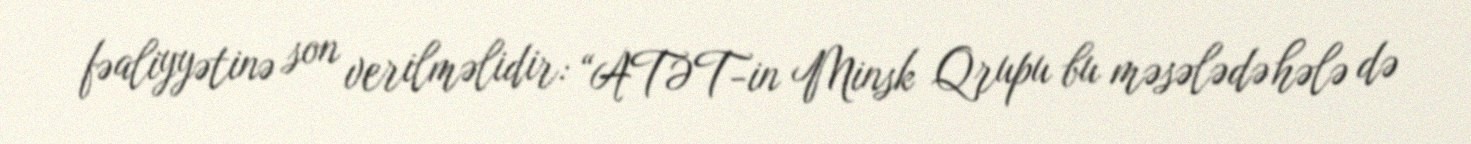
fəaliyyətinə son verilməlidir: “ATƏT-in Minsk Qrupu bu məsələdə hələ də